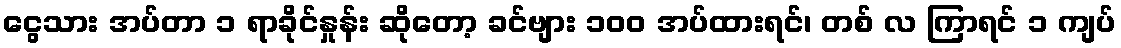
ငွေသား အပ်တာ ၁ ရာခိုင်နှုန်း ဆိုတော့ ခင်ဗျား ၁၀၀ အပ်ထားရင်၊ တစ် လ ကြာရင် ၁ ကျပ်